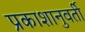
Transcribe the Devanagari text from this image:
प्रकाशानुवर्ती